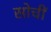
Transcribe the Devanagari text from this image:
सोचीं